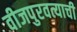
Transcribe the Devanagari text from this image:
वीजपुरवत्याची